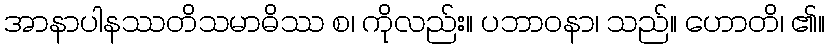
အာနာပါနဿတိသမာဓိဿ စ၊ ကိုလည်း။ ပဘာဝနာ၊ သည်။ ဟောတိ၊ ၏။